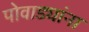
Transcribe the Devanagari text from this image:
पोवाड्यांना